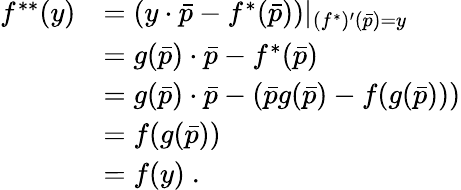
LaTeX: {\begin{array}{rl}{f^{**}(y)}&{=\left(y\cdot{\bar{p}}-f^{*}({\bar{p}})\right)|_{(f^{*})^{\prime}({\bar{p}})=y}}\\ &{=g({\bar{p}})\cdot{\bar{p}}-f^{*}({\bar{p}})}\\ &{=g({\bar{p}})\cdot{\bar{p}}-({\bar{p}}g({\bar{p}})-f(g({\bar{p}})))}\\ &{=f(g({\bar{p}}))}\\ &{=f(y)~.}\end{array}}